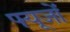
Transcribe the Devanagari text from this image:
फ्यूजों